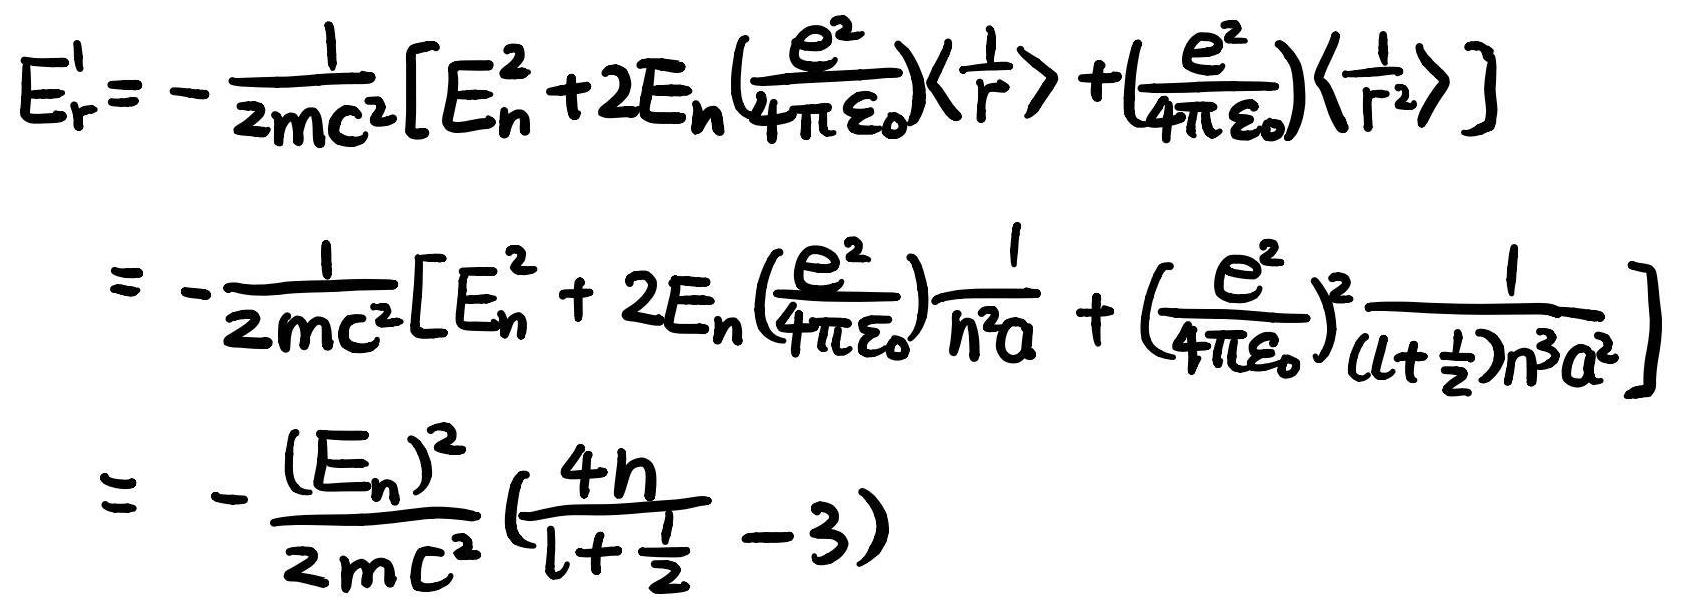
\[
\begin{align*}
E_{r}^{1}&=-\frac{1}{2mc^{2}}\left[E_{n}^{2}+2E_{n}\left(\frac{e^{2}}{4\pi\varepsilon_{0}}\right)\left\langle\frac{1}{r}\right\rangle+\left(\frac{e^{2}}{4\pi\varepsilon_{0}}\right)\left\langle\frac{1}{r^{2}}\right\rangle\right]\\
&=-\frac{1}{2mc^{2}}\left[E_{n}^{2}+2E_{n}\left(\frac{e^{2}}{4\pi\varepsilon_{0}}\right)\frac{1}{n^{2}a}+\left(\frac{e^{2}}{4\pi\varepsilon_{0}}\right)^{2}\frac{1}{(l + \frac{1}{2})n^{3}a^{2}}\right]\\
&=-\frac{(E_{n})^{2}}{2mc^{2}}\left(\frac{4n}{l+\frac{1}{2}}-3\right)
\end{align*}
\]